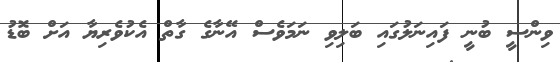
ވިންސީ ބުނީ ފައިނަލުގައި ބަލިވި ނަމަވެސް އޭނާގެ ގާތް އެކުވެރިޔާ އަށް ބޮޑު